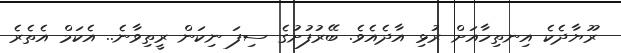
ރޫޔާދެކެ އިނތިހާއަށް ރުޅި އާދެއެވެ. ބޭރުފުށުގެ ސިފަ ނިކަން ރީތިވާނެ.. އެކަމް އެތެރެ